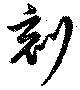
刻